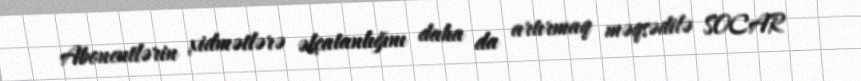
Abonentlərin xidmətlərə əlçatanlığını daha da artırmaq məqsədilə SOCAR